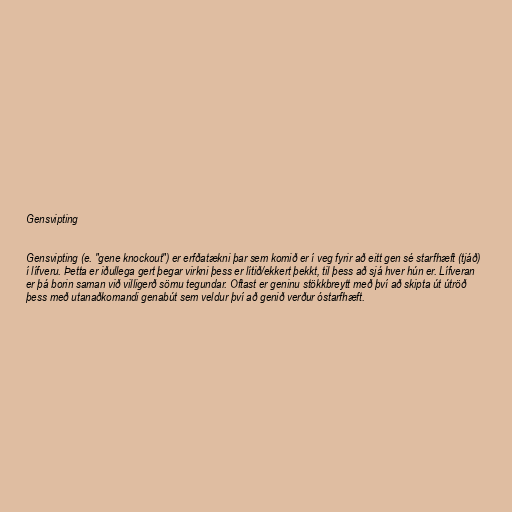
Gensvipting

Gensvipting (e. "gene knockout") er erfðatækni þar sem komið er í veg fyrir að eitt gen sé starfhæft (tjáð)
í lífveru. Þetta er iðullega gert þegar virkni þess er lítið/ekkert þekkt, til þess að sjá hver hún er. Lífveran
er þá borin saman við villigerð sömu tegundar. Oftast er geninu stökkbreytt með því að skipta út útröð
þess með utanaðkomandi genabút sem veldur því að genið verður óstarfhæft.